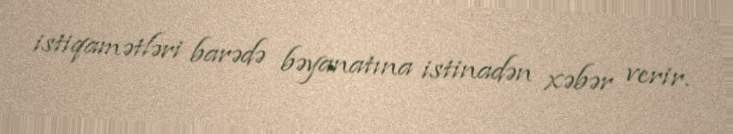
istiqamətləri barədə bəyanatına istinadən xəbər verir.